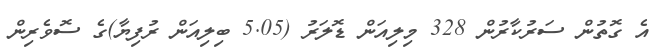
އެ ގޮތުން ސަރުކާރުން 328 މިލިއަން ޑޮލަރު (5.05 ބިލިއަން ރުފިޔާ)ގެ ސޮވެރިން